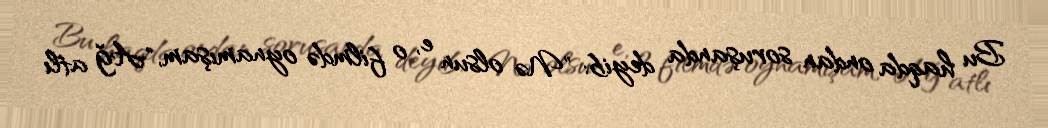
Bu haqda ondan soruşanda deyib: "Nə olsun e, o filmdə oynamışam, "Ağ atlı